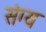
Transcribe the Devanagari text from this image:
संग्य